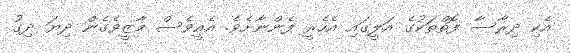
އެކި ދިރާސާ ފޮތްތަކުގެ އަލީގައި އެހެރީ ފެންނާށެވެ. އެއީވެސް މާޒީވެގެން ދިޔަ ދިގު